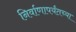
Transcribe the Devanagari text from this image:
निर्वाणापर्यंतच्या